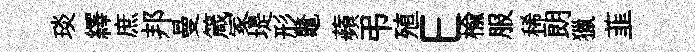
琰繹庶邦曼箴冢堤形鼇蘋弔殖E楡服稀朗獵韮